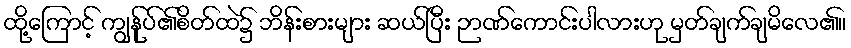
ထို့ကြောင့် ကျွန်ုပ်၏စိတ်ထဲ၌ ဘိန်းစားများ ဆယ်ပြီး ဉာဏ်ကောင်းပါလားဟု မှတ်ချက်ချမိလေ၏။